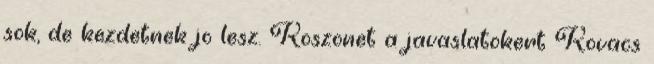
sok, de kezdetnek jo lesz. Koszonet a javaslatokert Kovacs